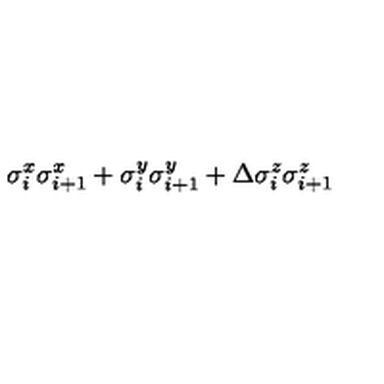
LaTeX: \sigma _ { i } ^ { x } \sigma _ { i + 1 } ^ { x } + \sigma _ { i } ^ { y } \sigma _ { i + 1 } ^ { y } + \Delta \sigma _ { i } ^ { z } \sigma _ { i + 1 } ^ { z }